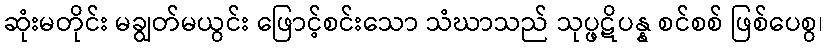
ဆုံးမတိုင်း မချွတ်မယွင်း ဖြောင့်စင်းသော သံဃာသည် သုပ္ဖဋိပန္န စင်စစ် ဖြစ်ပေစွ၊